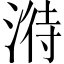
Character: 𣹘